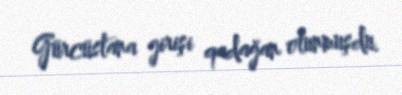
Gürcüstana girişi qadağan olunmuşdu.